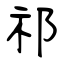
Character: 祁